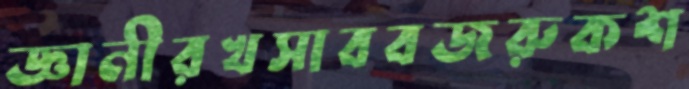
জ্ঞানীরখসাববজরুকশ